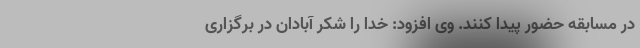
در مسابقه حضور پیدا کنند. وی افزود: خدا را شکر آبادان در برگزاری